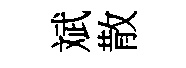
斌散